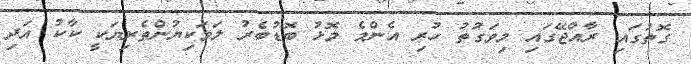
ގޮތުގައި ރާއްޖޭގައި މިވަގުތު ހުރި އެންމެ މޮޅު ބޮޑުބެރު ލަވަކިޔުންތެރިޔަކީ ކާކު އަދި